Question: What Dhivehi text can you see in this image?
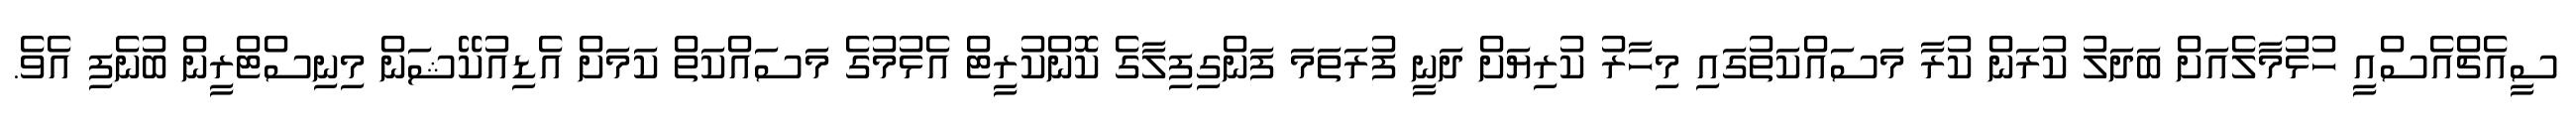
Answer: ސީއެޗްއެސްއީ ހުޅުމާލެއަށް ބަދަލު ކުރަން ކުރާ މަސައްކަތުގައި މިހާރު ކުރިޔަށް ދަނީ ފުރަތަމަ ފަންގިފިލާގެ ކޮންކުރީޓް އެޅުމުގެ މަސައްކަތް ކަމަށް އެޑިއުކޭޝަން މިނިސްޓްރީން ބުނެފި އެވެ.